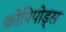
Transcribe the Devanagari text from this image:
कोपिपोड्स